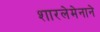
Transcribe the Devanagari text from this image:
शारलेमेनाने